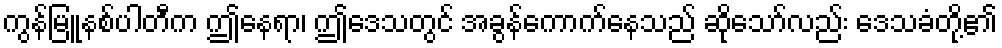
ကွန်မြူနစ်ပါတီက ဤနေရာ၊ ဤဒေသတွင် အခွန်ကောက်နေသည် ဆိုသော်လည်း ဒေသခံတို့၏